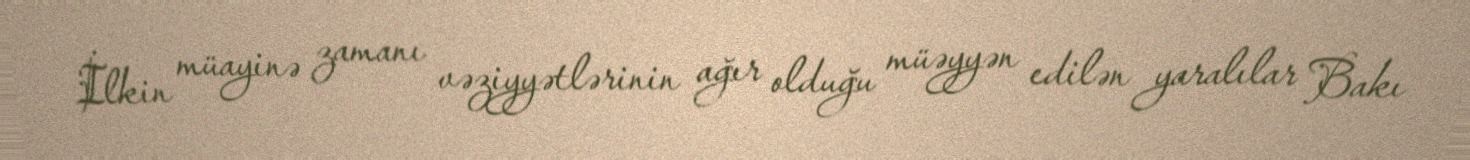
İlkin müayinə zamanı vəziyyətlərinin ağır olduğu müəyyən edilən yaralılar Bakı